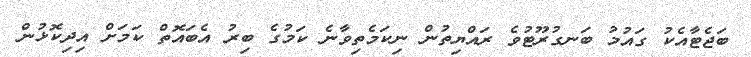
ބަޖެޓާއެކު ގައުމު ބަނގުރޫޓުވެ ރައްޔިތުން ނިކަމެތިވާނެ ކަމުގެ ބިރު އެބައޮތް ކަމަށް އިދިކޮޅުން